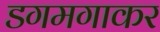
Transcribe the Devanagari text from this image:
डगमगाकर